Scottish Leaving Certificate Examination, 1956
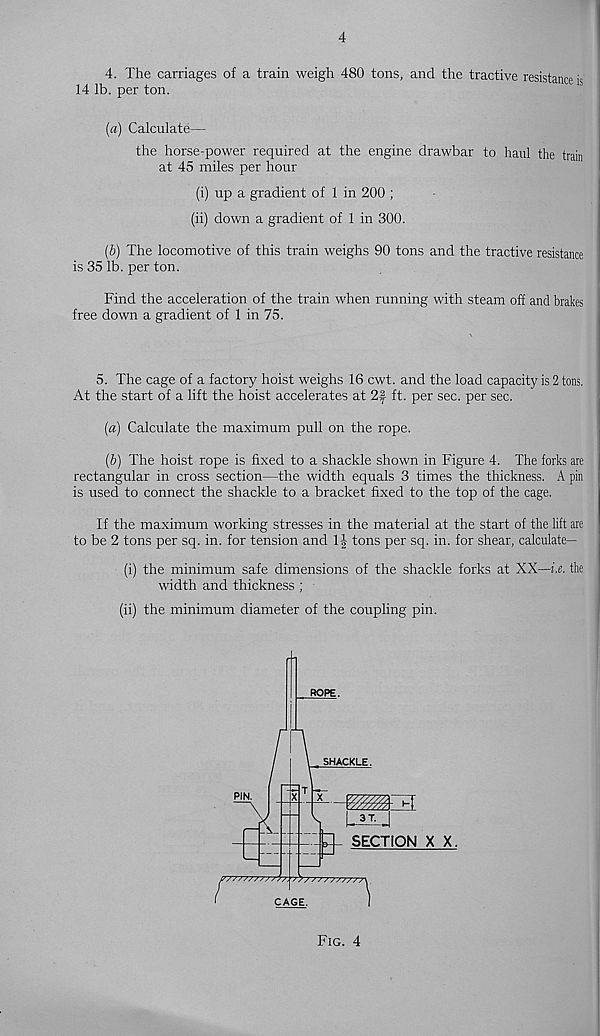
4
4. The carriages of a train weigh 480 tons, and the tractive resistance is
14 lb. per ton.
[а) Calculate—
the horse-power required at the engine drawbar to haul the train
at 45 miles per hour
(i) up a gradient of 1 in 200 ;
(ii) down a gradient of 1 in 300.
(б) The locomotive of this train weighs 90 tons and the tractive resistance
is 35 lb. per ton.
Find the acceleration of the train when running with steam off and brakes
free down a gradient of 1 in 75.
5. The cage of a factory hoist weighs 16 cwt. and the load capacity is 2 tons.
At the start of a lift the hoist accelerates at 2f ft. per sec. per sec.
(а) Calculate the maximum pull on the rope.
(б) The hoist rope is fixed to a shackle shown in Figure 4. The forks are
rectangular in cross section—the width equals 3 times the thickness. A pin
is used to connect the shackle to a bracket fixed to the top of the cage.
If the maximum working stresses in the material at the start of the lift are
to be 2 tons per sq. in. for tension and Tl,- tons per sq. in. for shear, calculate—
(i) the minimum safe dimensions of the shackle forks at XX—he. the
width and thickness ;
(ii) the minimum diameter of the coupling pin.
Fig. 4